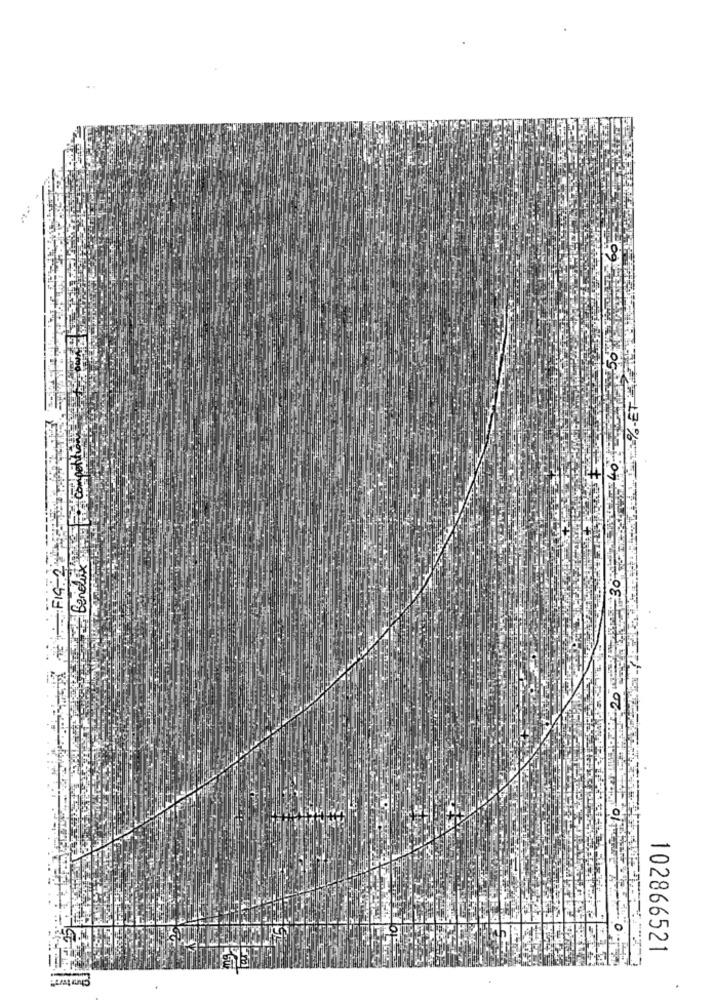
Compot
on
Benelux
:30
2 204
102866521
Chmtus"